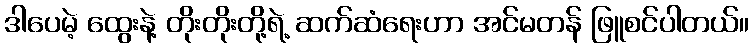
ဒါပေမဲ့ ထွေးနဲ့ တိုးတိုးတို့ရဲ့ ဆက်ဆံရေးဟာ အင်မတန် ဖြူစင်ပါတယ်။